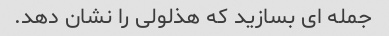
جمله ای بسازید که هذلولی را نشان دهد.